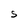
Character: S